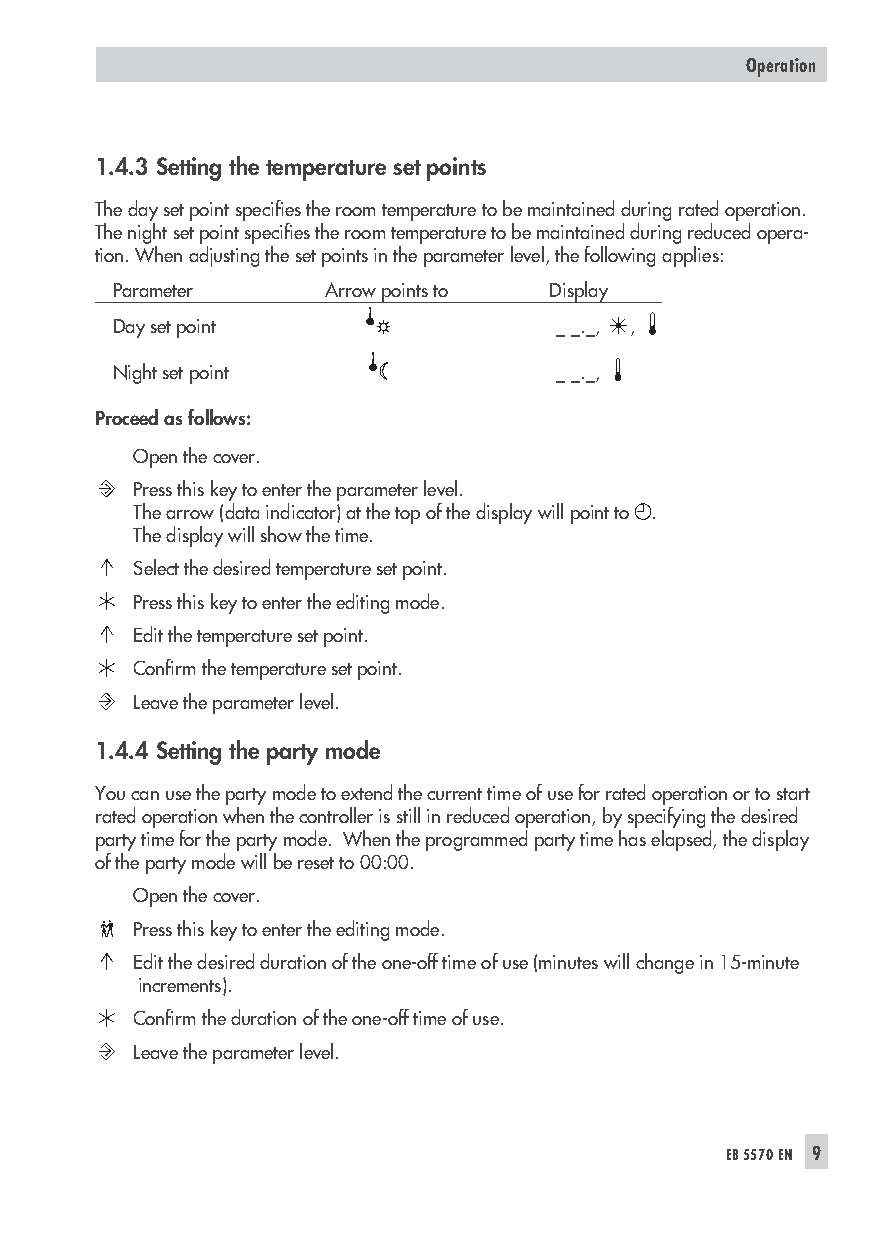
Operation
 1.4.3 Setting the temperature set points
 The day set point specifies the room temperature to be maintained during rated operation.
 The night set point specifies the room temperature to be maintained during reduced opera-
 tion. When adjusting the set points in the parameter level, the following applies:
 Parameter      Arrow points to Display
 Day set point                 _ _._, ,
 Night set point               _ _._,
 Proceed as follows:
 Open the cover.
 Press this key to enter the parameter level.
 The arrow (data indicator) at the top of the display will point to .
 The display will show the time.
 Select the desired temperature set point.
 Press this key to enter the editing mode.
 Edit the temperature set point.
 Confirm the temperature set point.
 Leave the parameter level.
 1.4.4 Setting the party mode
 You can use the party mode to extend the current time of use for rated operation or to start
 rated operation when the controller is still in reduced operation, by specifying the desired
 party time for the party mode. When the programmed party time has elapsed, the display
 of the party mode will be reset to 00:00.
 Open the cover.
 Press this key to enter the editing mode.
 Edit the desired duration of the one-off time of use (minutes will change in 15-minute
 increments).
 Confirm the duration of the one-off time of use.
 Leave the parameter level.
 EB5570EN 9